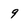
Character: 9